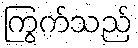
ကြွက်သည်